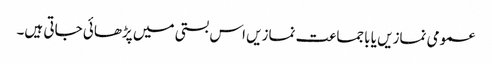
عمومی نمازیں یا باجماعت نمازیں اس بستی میں پڑھائی جاتی ہیں۔